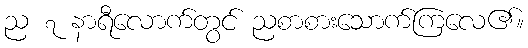
ည ၇ နာရီလောက်တွင် ညစာစားသောက်ကြလေ၏။